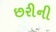
છરીની